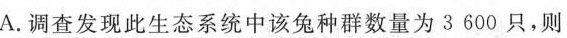
A.调查发现此生态系统中该兔种群数量为3600只，则